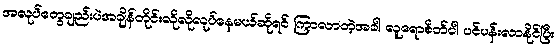
အလုပ်တွေချည်းပဲအချိန်တိုင်းလိုလိုလုပ်နေမယ်ဆိုရင် ကြာလာတဲ့အခါ လူရောစိတ်ပါ ပင်ပန်းလာနိုင်ပြီး